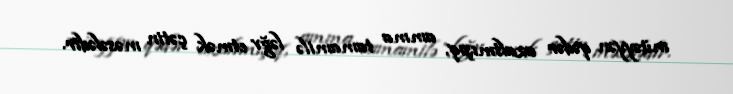
müəyyən qədər azaltmışıq, amma tamamilə ləğv etmək çətin məsələdir.